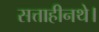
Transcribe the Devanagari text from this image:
सत्ताहीनथे।